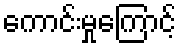
ကောင်းမှုကြောင့်